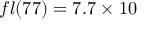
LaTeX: f l ( 7 7 ) = 7 . 7 \times 1 0